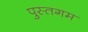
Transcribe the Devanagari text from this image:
पुस्तगम